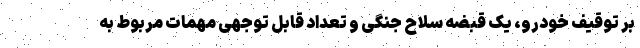
بر توقیف خودرو، یک قبضه سلاح جنگی و تعداد قابل توجهی مهمات مربوط به